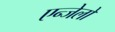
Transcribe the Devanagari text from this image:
एन्जेलो